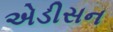
એડીસન